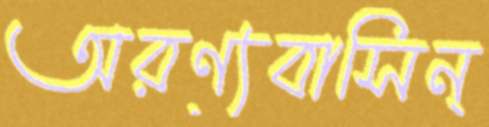
অরণ্যবাসিন্